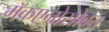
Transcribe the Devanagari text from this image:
मॅकएन्रोसोबत